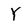
Character: Y